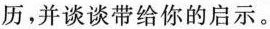
历，并谈谈带给你的启示。